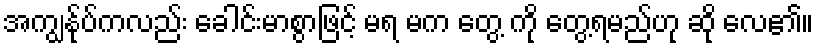
အကျွန်ုပ်ကလည်း ခေါင်းမာစွာဖြင့် မရ မက တွေ့ ကို တွေ့ရမည်ဟု ဆို လေ၏။